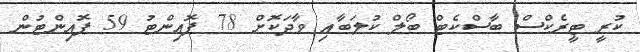
ކުރީ ޓީރެކްސް ބާސްކެޓް ބޯލް ކުލަބާއި ވާދަކޮށް 78 ޕޮއިންޓު 59 ޕޮއިންޓުން